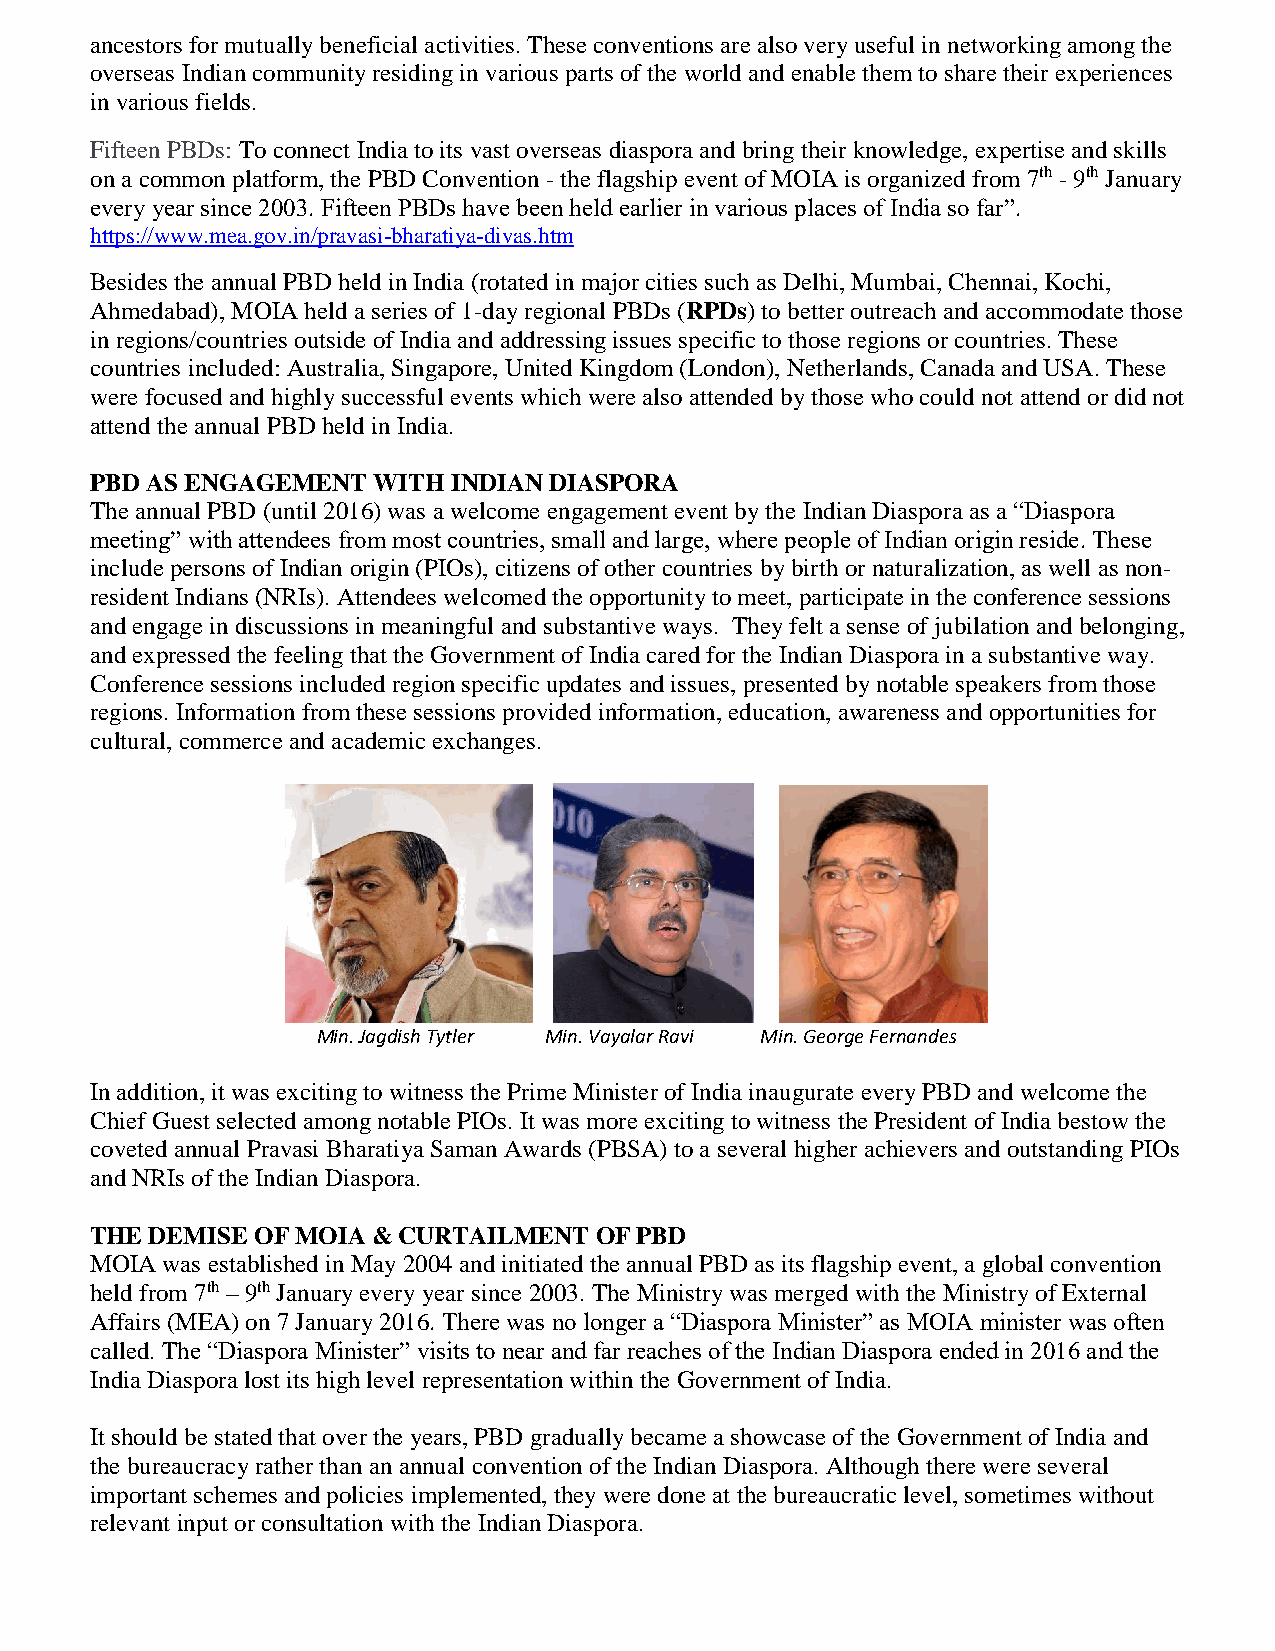
ancestors for mutually beneficial activities. These conventions are also very useful in networking among the
 overseas Indian community residing in various parts of the world and enable them to share their experiences
 in various fields.
 Fifteen PBDs: To connect India to its vast overseas diaspora and bring their knowledge, expertise and skills
 on a common platform, the PBD Convention - the flagship event of MOIA is organized from 7th - 9th January
 every year since 2003. Fifteen PBDs have been held earlier in various places of India so far”.
 https://www.mea.gov.in/pravasi-bharatiya-divas.htm
 Besides the annual PBD held in India (rotated in major cities such as Delhi, Mumbai, Chennai, Kochi,
 Ahmedabad), MOIA held a series of 1-day regional PBDs (RPDs) to better outreach and accommodate those
 in regions/countries outside of India and addressing issues specific to those regions or countries. These
 countries included: Australia, Singapore, United Kingdom (London), Netherlands, Canada and USA. These
 were focused and highly successful events which were also attended by those who could not attend or did not
 attend the annual PBD held in India.
 PBD AS ENGAGEMENT  WITH INDIAN DIASPORA
 The annual PBD (until 2016) was a welcome engagement event by the Indian Diaspora as a “Diaspora
 meeting” with attendees from most countries, small and large, where people of Indian origin reside. These
 include persons of Indian origin (PIOs), citizens of other countries by birth or naturalization, as well as non-
 resident Indians (NRIs). Attendees welcomed the opportunity to meet, participate in the conference sessions
 and engage in discussions in meaningful and substantive ways. They felt a sense of jubilation and belonging,
 and expressed the feeling that the Government of India cared for the Indian Diaspora in a substantive way.
 Conference sessions included region specific updates and issues, presented by notable speakers from those
 regions. Information from these sessions provided information, education, awareness and opportunities for
 cultural, commerce and academic exchanges.
 Min. Jagdish Tytler Min. Vayalar Ravi Min. George Fernandes
 In addition, it was exciting to witness the Prime Minister of India inaugurate every PBD and welcome the
 Chief Guest selected among notable PIOs. It was more exciting to witness the President of India bestow the
 coveted annual Pravasi Bharatiya Saman Awards (PBSA) to a several higher achievers and outstanding PIOs
 and NRIs of the Indian Diaspora.
 THE DEMISE OF MOIA & CURTAILMENT OF PBD
 MOIA was established in May 2004 and initiated the annual PBD as its flagship event, a global convention
 held from 7th – 9th January every year since 2003. The Ministry was merged with the Ministry of External
 Affairs (MEA) on 7 January 2016. There was no longer a “Diaspora Minister” as MOIA minister was often
 called. The “Diaspora Minister” visits to near and far reaches of the Indian Diaspora ended in 2016 and the
 India Diaspora lost its high level representation within the Government of India.
 It should be stated that over the years, PBD gradually became a showcase of the Government of India and
 the bureaucracy rather than an annual convention of the Indian Diaspora. Although there were several
 important schemes and policies implemented, they were done at the bureaucratic level, sometimes without
 relevant input or consultation with the Indian Diaspora.